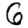
Digit: 6